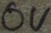
Text: 0V